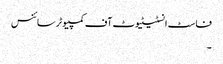
فاسٹ انسٹیٹیوٹ آف کمپیوٹر سائنس
۔